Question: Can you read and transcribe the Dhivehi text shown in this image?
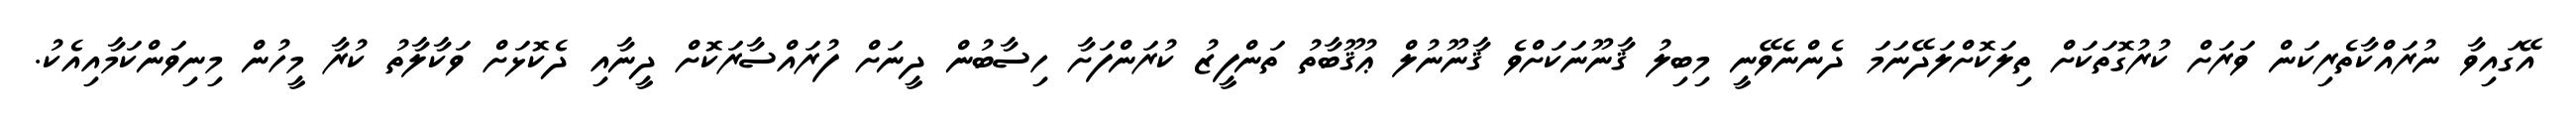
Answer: އޭގައިވާ ނުރައްކާތެރިކަން ވަރަށް ކުރުގޮތަކަށް ތިލަކޮށްލަދޭނަމަ ދެންނެވޭނީ މިބިލު ޤާނޫނަކަށްވެ ޤާނޫނުލް ޢުޤޫބާތު ތަންފީޒު ކުރަންފަށާ ހިސާބުން ދީނަށް ފުރައްސާރަކޮށް ދީނާއި ދެކޮޅަށް ވަކާލާތު ކުރާ މީހުން މިނިވަންކަމާއިއެކު.